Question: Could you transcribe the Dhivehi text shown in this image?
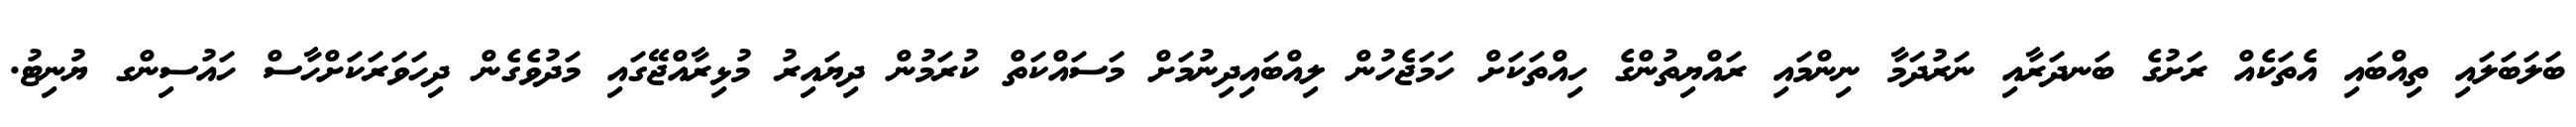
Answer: ބަލަބަލައި ތިއްބައި އެތަކެއް ރަށުގެ ބަނދަރާއި ނަރުދަމާ ނިންމައި ރައްޔިތުންގެ ހިއްތަކަށް ހަމަޖެހުން ލިއްބައިދިނުމަށް މަސައްކަތް ކުރަމުން ދިޔައިރު މުޅިރާއްޖޭގައި މަދުވެގެން ދިހަވަރަކަށްހާސް ހައުސިންގ ޔުނިޓު.